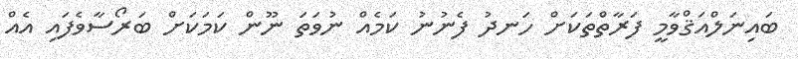
ބައިނަލްއަޤްވާމީ ފަރާތްތަކަށް ހަނދު ފެނުނު ކަމެއް ނުވަތަ ނޫން ކަމަކަށް ބަރޯސާވެފައި އެއް